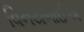
વિનયભાઈએ